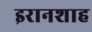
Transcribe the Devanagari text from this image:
इरानशाह